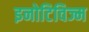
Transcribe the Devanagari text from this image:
इनोटिविज्म